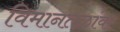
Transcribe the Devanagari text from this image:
विमानंतळांवर